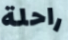
راحلة